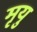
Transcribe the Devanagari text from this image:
मृयु